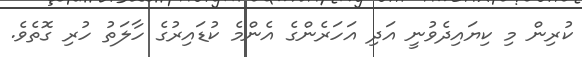
ކުރިން މި ކިޔައިދެވުނީ އަދި އަހަރެންގެ އެންމެ ކުޑައިރުގެ ހާލަތު ހުރި ގޮތެވެ.